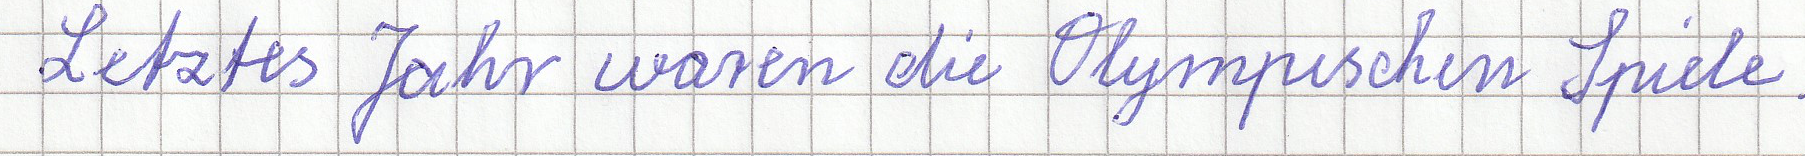
Letztes Jahr waren die Olympischen Spiele.